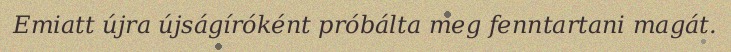
Emiatt újra újságíróként próbálta meg fenntartani magát.